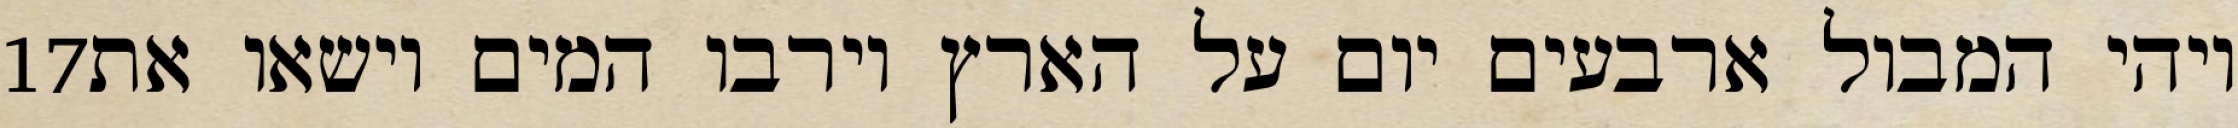
‎17‏ ויהי המבול ארבעים יום על הארץ וירבו המים וישאו את